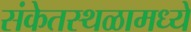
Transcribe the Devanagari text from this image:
संकेतस्थळामध्ये